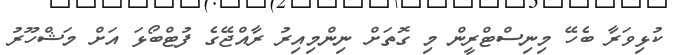
ކުޅިވަރާ ބެހޭ މިނިސްޓްރީން މި ގޮތަށް ނިންމިއިރު ރާއްޖޭގެ ފުޓްބޯޅަ އަށް މަޝްހޫރު